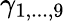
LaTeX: \gamma_{1,...,9}